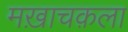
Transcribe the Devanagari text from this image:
मख़ाचक़ला